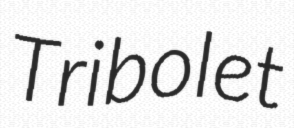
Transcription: Tribolet